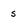
Character: s